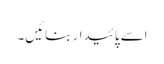
اسے پائیدار بنائیں۔